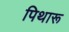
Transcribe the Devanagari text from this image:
पिथारू